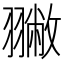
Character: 𦒐